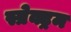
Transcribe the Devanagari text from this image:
स्प्रेक्ट्रम